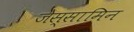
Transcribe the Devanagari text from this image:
जेस्सामिन